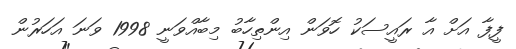
ފީފާ އަށް އާ ރައީސަކު ހޮވަން އިންތިހާބު މިބާއްވަނީ 1998 ވަނަ އަހަރުން